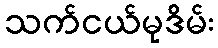
သက်ငယ်မုဒိမ်း